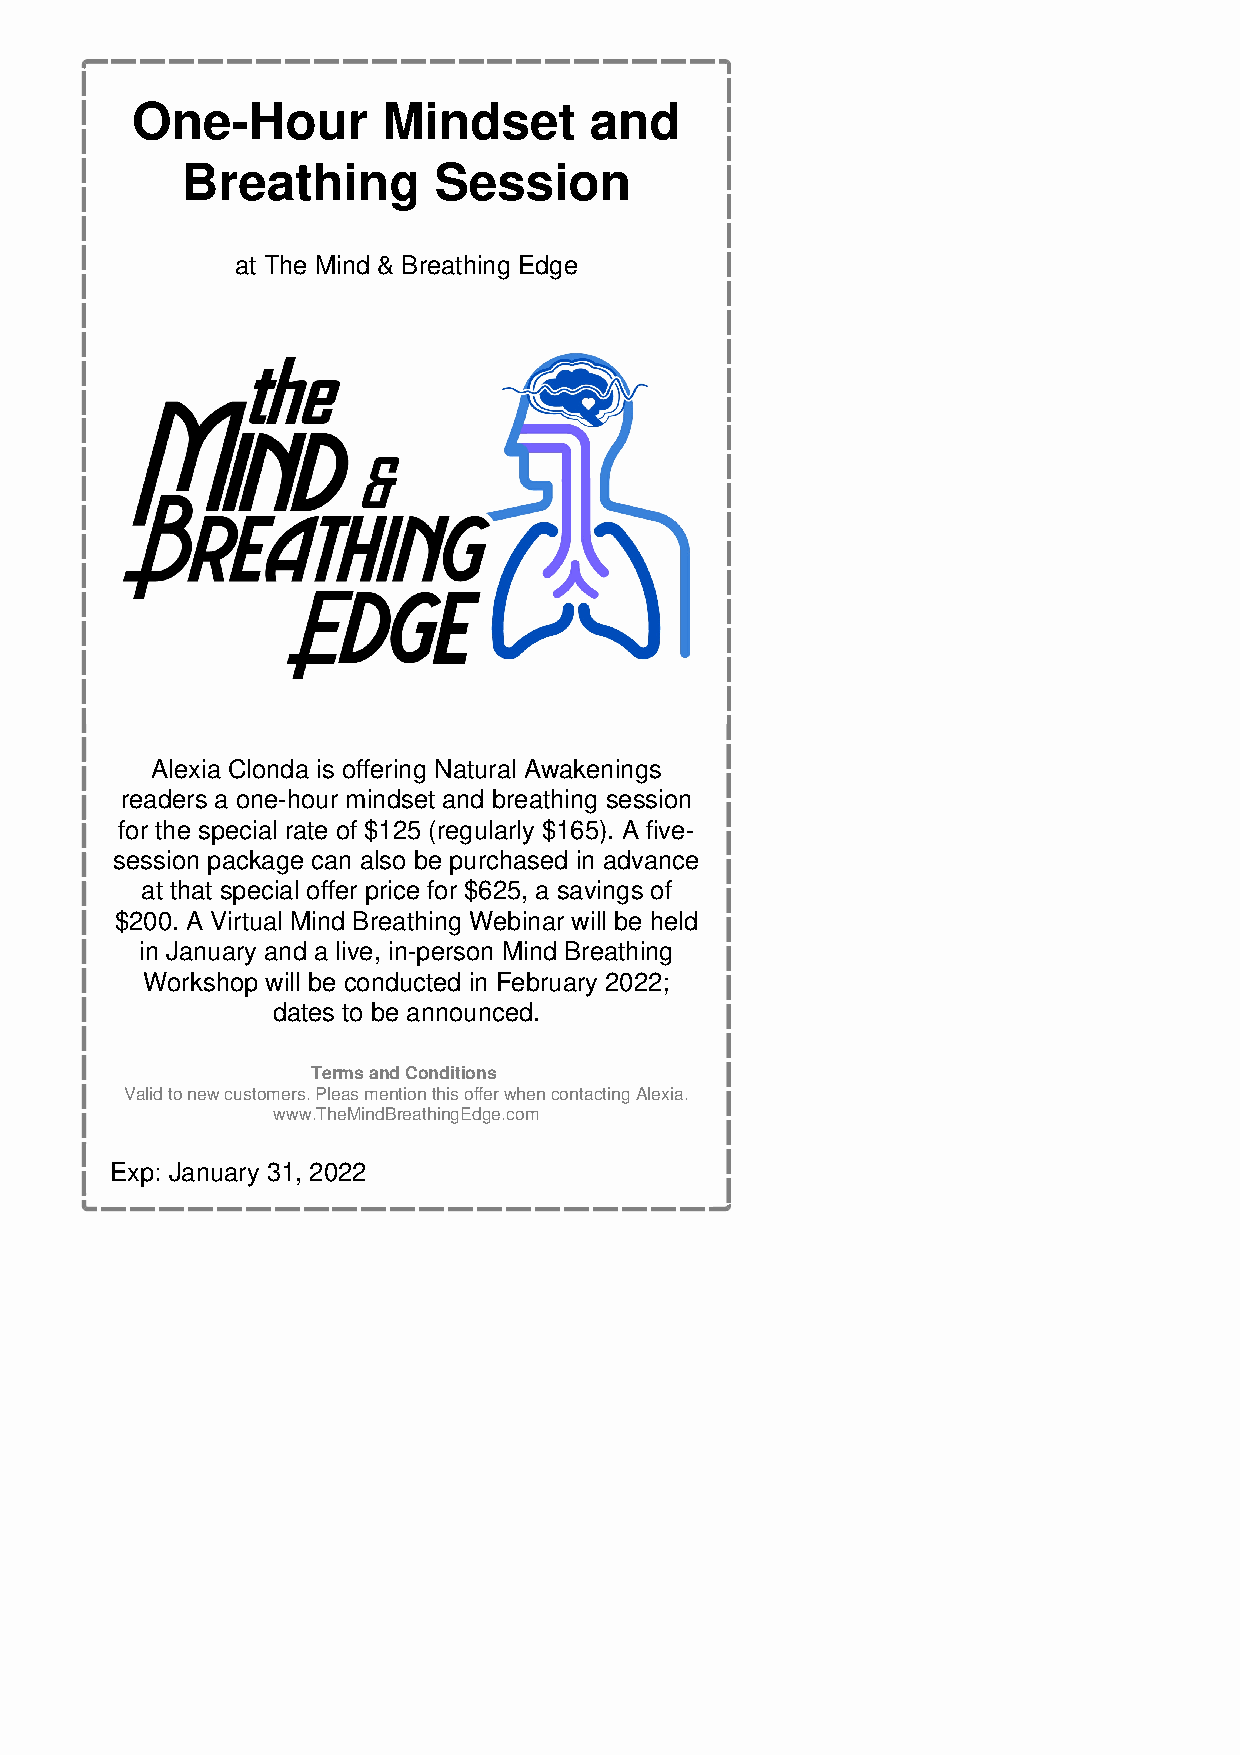
One-Hour        Mindset       and
 Breathing        Session
 at The Mind & Breathing Edge
 Alexia Clonda is offering Natural Awakenings
 readers a one-hour mindset and breathing session
 for the special rate of $125 (regularly $165). A five-
 session package can also be purchased in advance
 at that special offer price for $625, a savings of
 $200. A Virtual Mind Breathing Webinar will be held
 in January and a live, in-person Mind Breathing
 Workshop will be conducted in February 2022;
 dates to be announced.
 Terms and Conditions
 Valid to new customers. Pleas mention this offer when contacting Alexia.
 www.TheMindBreathingEdge.com
 Exp: January 31, 2022